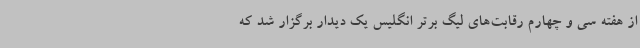
از هفته سی و چهارم رقابت‌های لیگ برتر انگلیس یک دیدار برگزار شد که